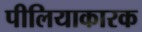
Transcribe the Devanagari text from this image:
पीलियाकारक